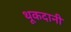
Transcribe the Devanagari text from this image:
थूकदानी